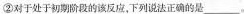
②对于处于初期阶段的该反应，下列说法正确的是___。